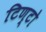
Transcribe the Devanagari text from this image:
टिण्टो